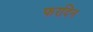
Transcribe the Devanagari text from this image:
फरदिन